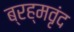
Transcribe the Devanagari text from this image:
ब्रह्मवृंद